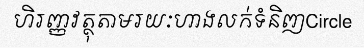
ហិរញ្ញវត្ថុតាមរយៈហាងលក់ទំនិញCircle